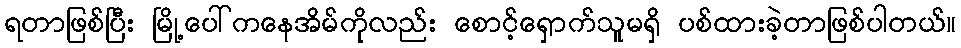
ရတာဖြစ်ပြီး မြို့ပေါ်ကနေအိမ်ကိုလည်း စောင့်ရှောက်သူမရှိ ပစ်ထားခဲ့တာဖြစ်ပါတယ်။